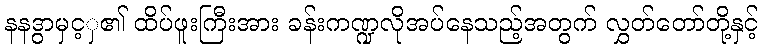
နနဒွာမှင့ှ၏ ထိပ်ဖူးကြီးအား ခန်းကဏ္ဍလိုအပ်နေသည့်အတွက် လွှတ်တော်တို့နှင့်